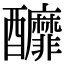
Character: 釄